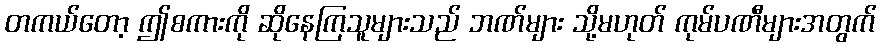
တကယ်တော့ ဤစကားကို ဆိုနေကြသူများသည် ဘဏ်များ သို့မဟုတ် ကုမ်ပဏီများအတွက်